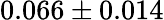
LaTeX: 0.066\pm 0.014